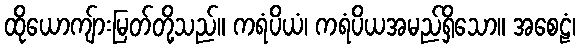
ထိုယောကျ်ားမြတ်တို့သည်။ ကရံပိယံ၊ ကရံပိယအမည်ရှိသော။ အစေဠံ၊